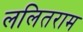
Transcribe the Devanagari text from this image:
ललितराम